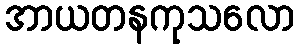
အာယတနကုသလော